Medical and sanitary report on the native army of Bombay for the year
Year: 1878
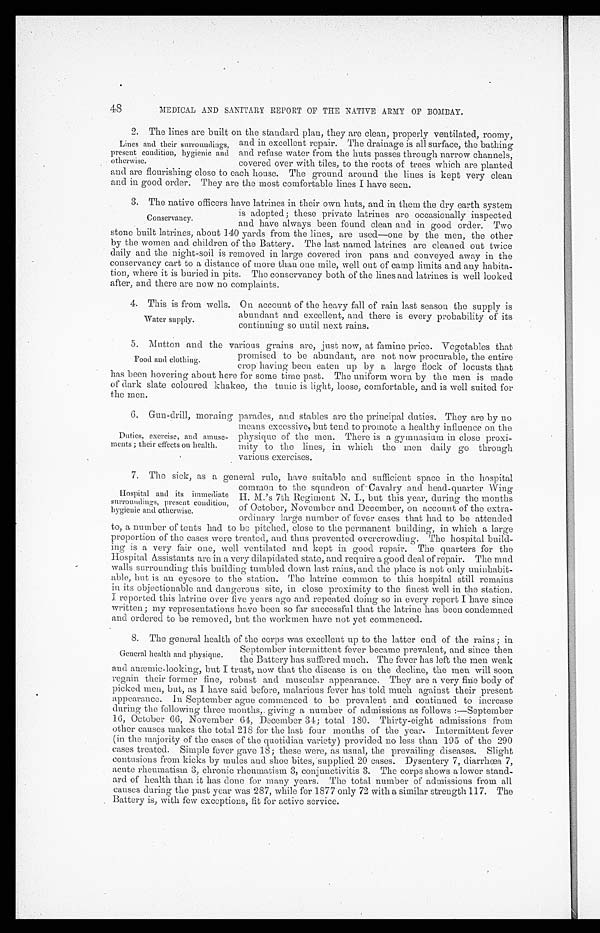
48
MEDICAL AND SANITARY REPORT OF THE NATIVE ARMY OF BOMBAY.
2. The lines are built on the standard plan, they are clean, properly ventilated, roomy,
Lines and their surroundings,
present condition, hygienic and
otherwise.
and in excellent repair. The drainage is all surface, the bathing
and refuse water from the huts passes through narrow channels,
covered over with tiles, to the roots of trees which are planted
and are flourishing close to each house. The ground around the lines is kept very clean
and in good order. They are the most comfortable lines I have seen.
3. The native officers have latrines in their own huts, and in them the dry earth system
is adopted; these private latrines are occasionally inspected
and have always been found clean and in good order. Two
stone built latrines, about 140 yards from the lines, are used—one by the men, the other
by the women and children of the Battery. The last named latrines are cleaned out twice
daily and the night-soil is removed in large covered iron pans and conveyed away in the
conservancy cart to a distance of more than one mile, well out of camp limits and any habita-
tion, where it is buried in pits. The conservancy both of the lines and latrines is well looked
after, and there are now no complaints.
4. This is from wells. On account of the heavy fall of rain last season the supply is
Conservancy.
Water supply.
abundant and excellent, and there is every probability of its
continuing so until next rains.
5. Mutton and the various grains are, just now, at famine price. Vegetables that
promised to be abundant, are not now procurable, the entire
crop having been eaten up by a large flock of locusts that
has been hovering about here for some time past. The uniform worn by the men is made
of dark slate coloured khakee, the tunic is light, loose, comfortable, and is well suited for
the men.
6. Gun-drill, morning parades, and stables are the principal duties. They are by no
Food and clothing.
Duties, exercise, and amuse-
ments ; their effects on health.
means excessive, but tend to promote a healthy influence on the
physique of the men. There is a gymnasium in close proxi-
mity to the lines, in which the men daily go through
various exercises.
7. The sick, as a general rule, have suitable and sufficient space in the hospital
Hospital and its immediate
surroundings, present condition,
hygienic and otherwise.
common to the squadron of Cavalry and head-quarter Wing .
II. M.'s 7th Regiment N. I., but this year, during the months
of October, November and December, on account of the extra-
ordinary large number of fever eases that had to be attended
to, a number of tents had to be pitched, close to the permanent building, in which a large
proportion of the cases were treated, and thus prevented overcrowding. The hospital build-
ing is a very fair one, well ventilated and kept in good repair. The quarters for the
Hospital Assistants arc in a very dilapidated state, and require a good deal of repair. The mud
walls surrounding this building tumbled down last rains, and the place is not only uninhabit-
able, but is an eyesore to the station. The latrine common to this hospital still remains
in its objectionable and dangerous site, in close proximity to the finest well in the station.
I reported this latrine over five years ago and repeated doing so in every report I have since
written; my representations have been so far successful that the latrine has been condemned
and ordered to be removed, but the workmen have not yet commenced.
8. The general health of the corps was excellent up to the latter end of the rains ; in
September intermittent fever became prevalent, and. since then
the Battery has suffered much. The fever has left the men weak
and anaemic-looking, but I trust, now that the disease is on the decline, the men will soon
regain their former fine, robust and muscular appearance. They are a very fine body of
picked men, but, as I have said before, malarious fever has told much against their present
appearance. In September ague commenced to be prevalent and continued to increase
during the following three months,. giving a number of admissions as follows :—September
16, October 66, November 64, December 3-1; total 180, Thirty-eight admissions from
other causes makes the total 218 for the last four months of the year. Intermittent fever
(in the majority of the cases of the quotidian variety) provided no less than 105 of the 200
cases treated. Simple fever gave 18; these were, as usual, the prevailing diseases. Slight
contusions from kicks by mules and. shoe bite - s, 20 cases. Dysentery 7, diarrhoea 7,
acute rheumatism 3, chronic rheumatism 3, conjunctivitis 3. The corps shows a lower stand-
ard of health than it has done for many years. The total number of admissions from all
causes during the past year was 287, while for 1877 only 72 with a. similar strength 117. The
Battery is, with few exceptions, fit for active service.
General health and physique.